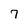
Character: 7